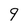
Character: 9